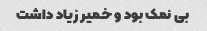
بی نمک بود و خمیر زیاد داشت